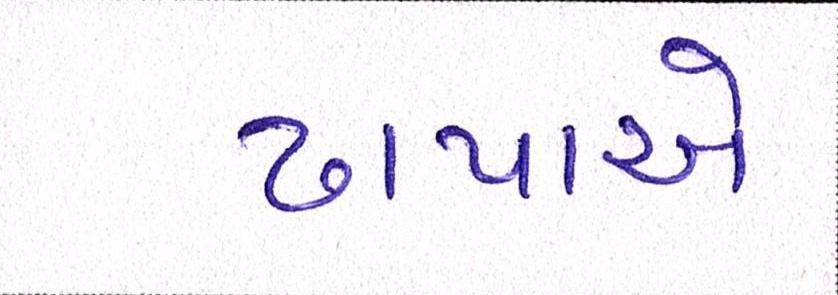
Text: ઢાપાએ